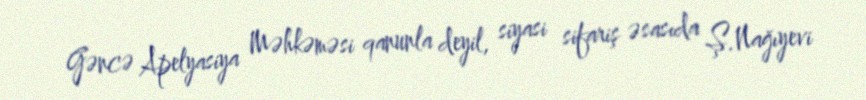
Gəncə Apelyasiya Məhkəməsi qanunla deyil, siyasi sifariş əsasıda Ş.Nağıyevi